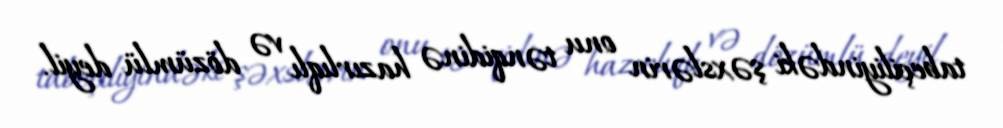
tabeçiliyindəki şəxslərin onu tənqidinə hazırlıqlı və dözümlü deyil.